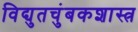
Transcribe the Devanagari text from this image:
विद्युतचुंबकशास्त्र